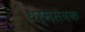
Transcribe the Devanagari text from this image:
धर्मसेवक